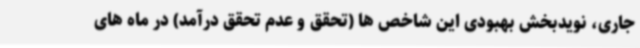
جاری، نویدبخش بهبودی این شاخص ها (تحقق و عدم تحقق درآمد) در ماه های